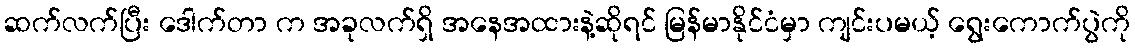
ဆက်လက်ပြီး ဒေါက်တာ က အခုလက်ရှိ အနေအထားနဲ့ဆိုရင် မြန်မာနိုင်ငံမှာ ကျင်းပမယ့် ရွေးကောက်ပွဲကို